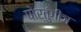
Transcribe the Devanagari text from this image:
पोर्तुंगीज